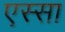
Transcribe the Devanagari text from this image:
एस्सा